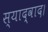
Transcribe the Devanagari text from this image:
स्याद्वाद।